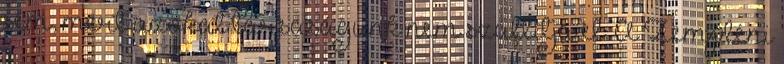
sem, mert azokat társaságunk nem szállítja el. A Zempléni